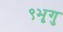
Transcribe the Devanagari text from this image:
९भृगु